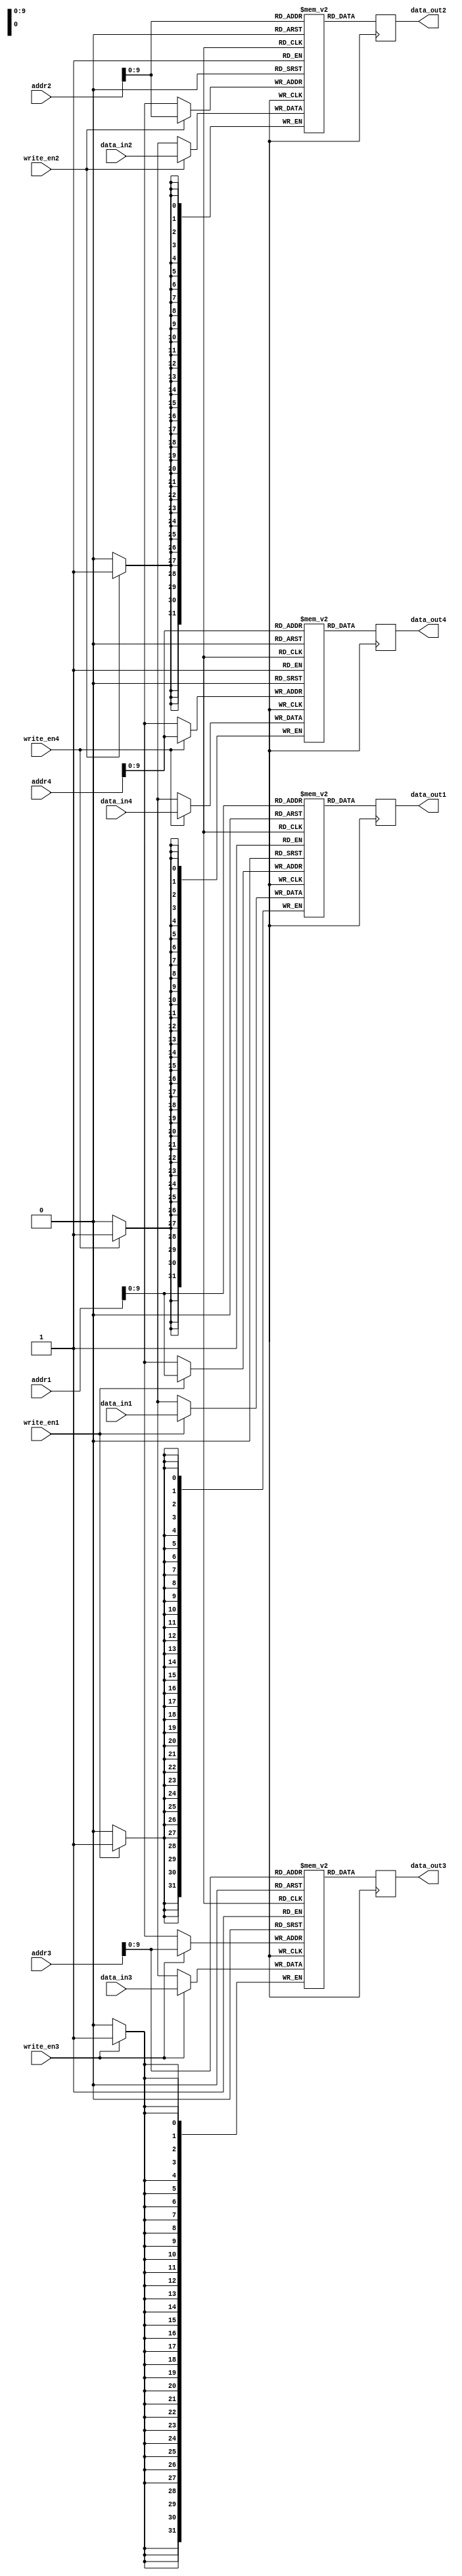
module memory_blocks_quad_port_rf(
    input [31:0] addr1,
    input [31:0] addr2,
    input [31:0] addr3,
    input [31:0] addr4,
    input [31:0] data_in1,
    input [31:0] data_in2,
    input [31:0] data_in3,
    input [31:0] data_in4,
    input write_en1,
    input write_en2,
    input write_en3,
    input write_en4,
    output reg [31:0] data_out1,
    output reg [31:0] data_out2,
    output reg [31:0] data_out3,
    output reg [31:0] data_out4
);

reg [31:0] mem_block1 [0:1023];
reg [31:0] mem_block2 [0:1023];
reg [31:0] mem_block3 [0:1023];
reg [31:0] mem_block4 [0:1023];

always @(posedge clk) begin
    if(write_en1)
        mem_block1[addr1] <= data_in1;
    if(write_en2)
        mem_block2[addr2] <= data_in2;
    if(write_en3)
        mem_block3[addr3] <= data_in3;
    if(write_en4)
        mem_block4[addr4] <= data_in4;
    
    data_out1 <= mem_block1[addr1];
    data_out2 <= mem_block2[addr2];
    data_out3 <= mem_block3[addr3];
    data_out4 <= mem_block4[addr4];
end

endmodule